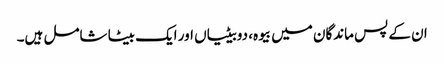
ان کے پس ماندگان میں بیوہ، دوبیٹیاں اور ایک بیٹا شامل ہیں۔